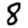
Digit: 8